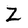
Character: Z